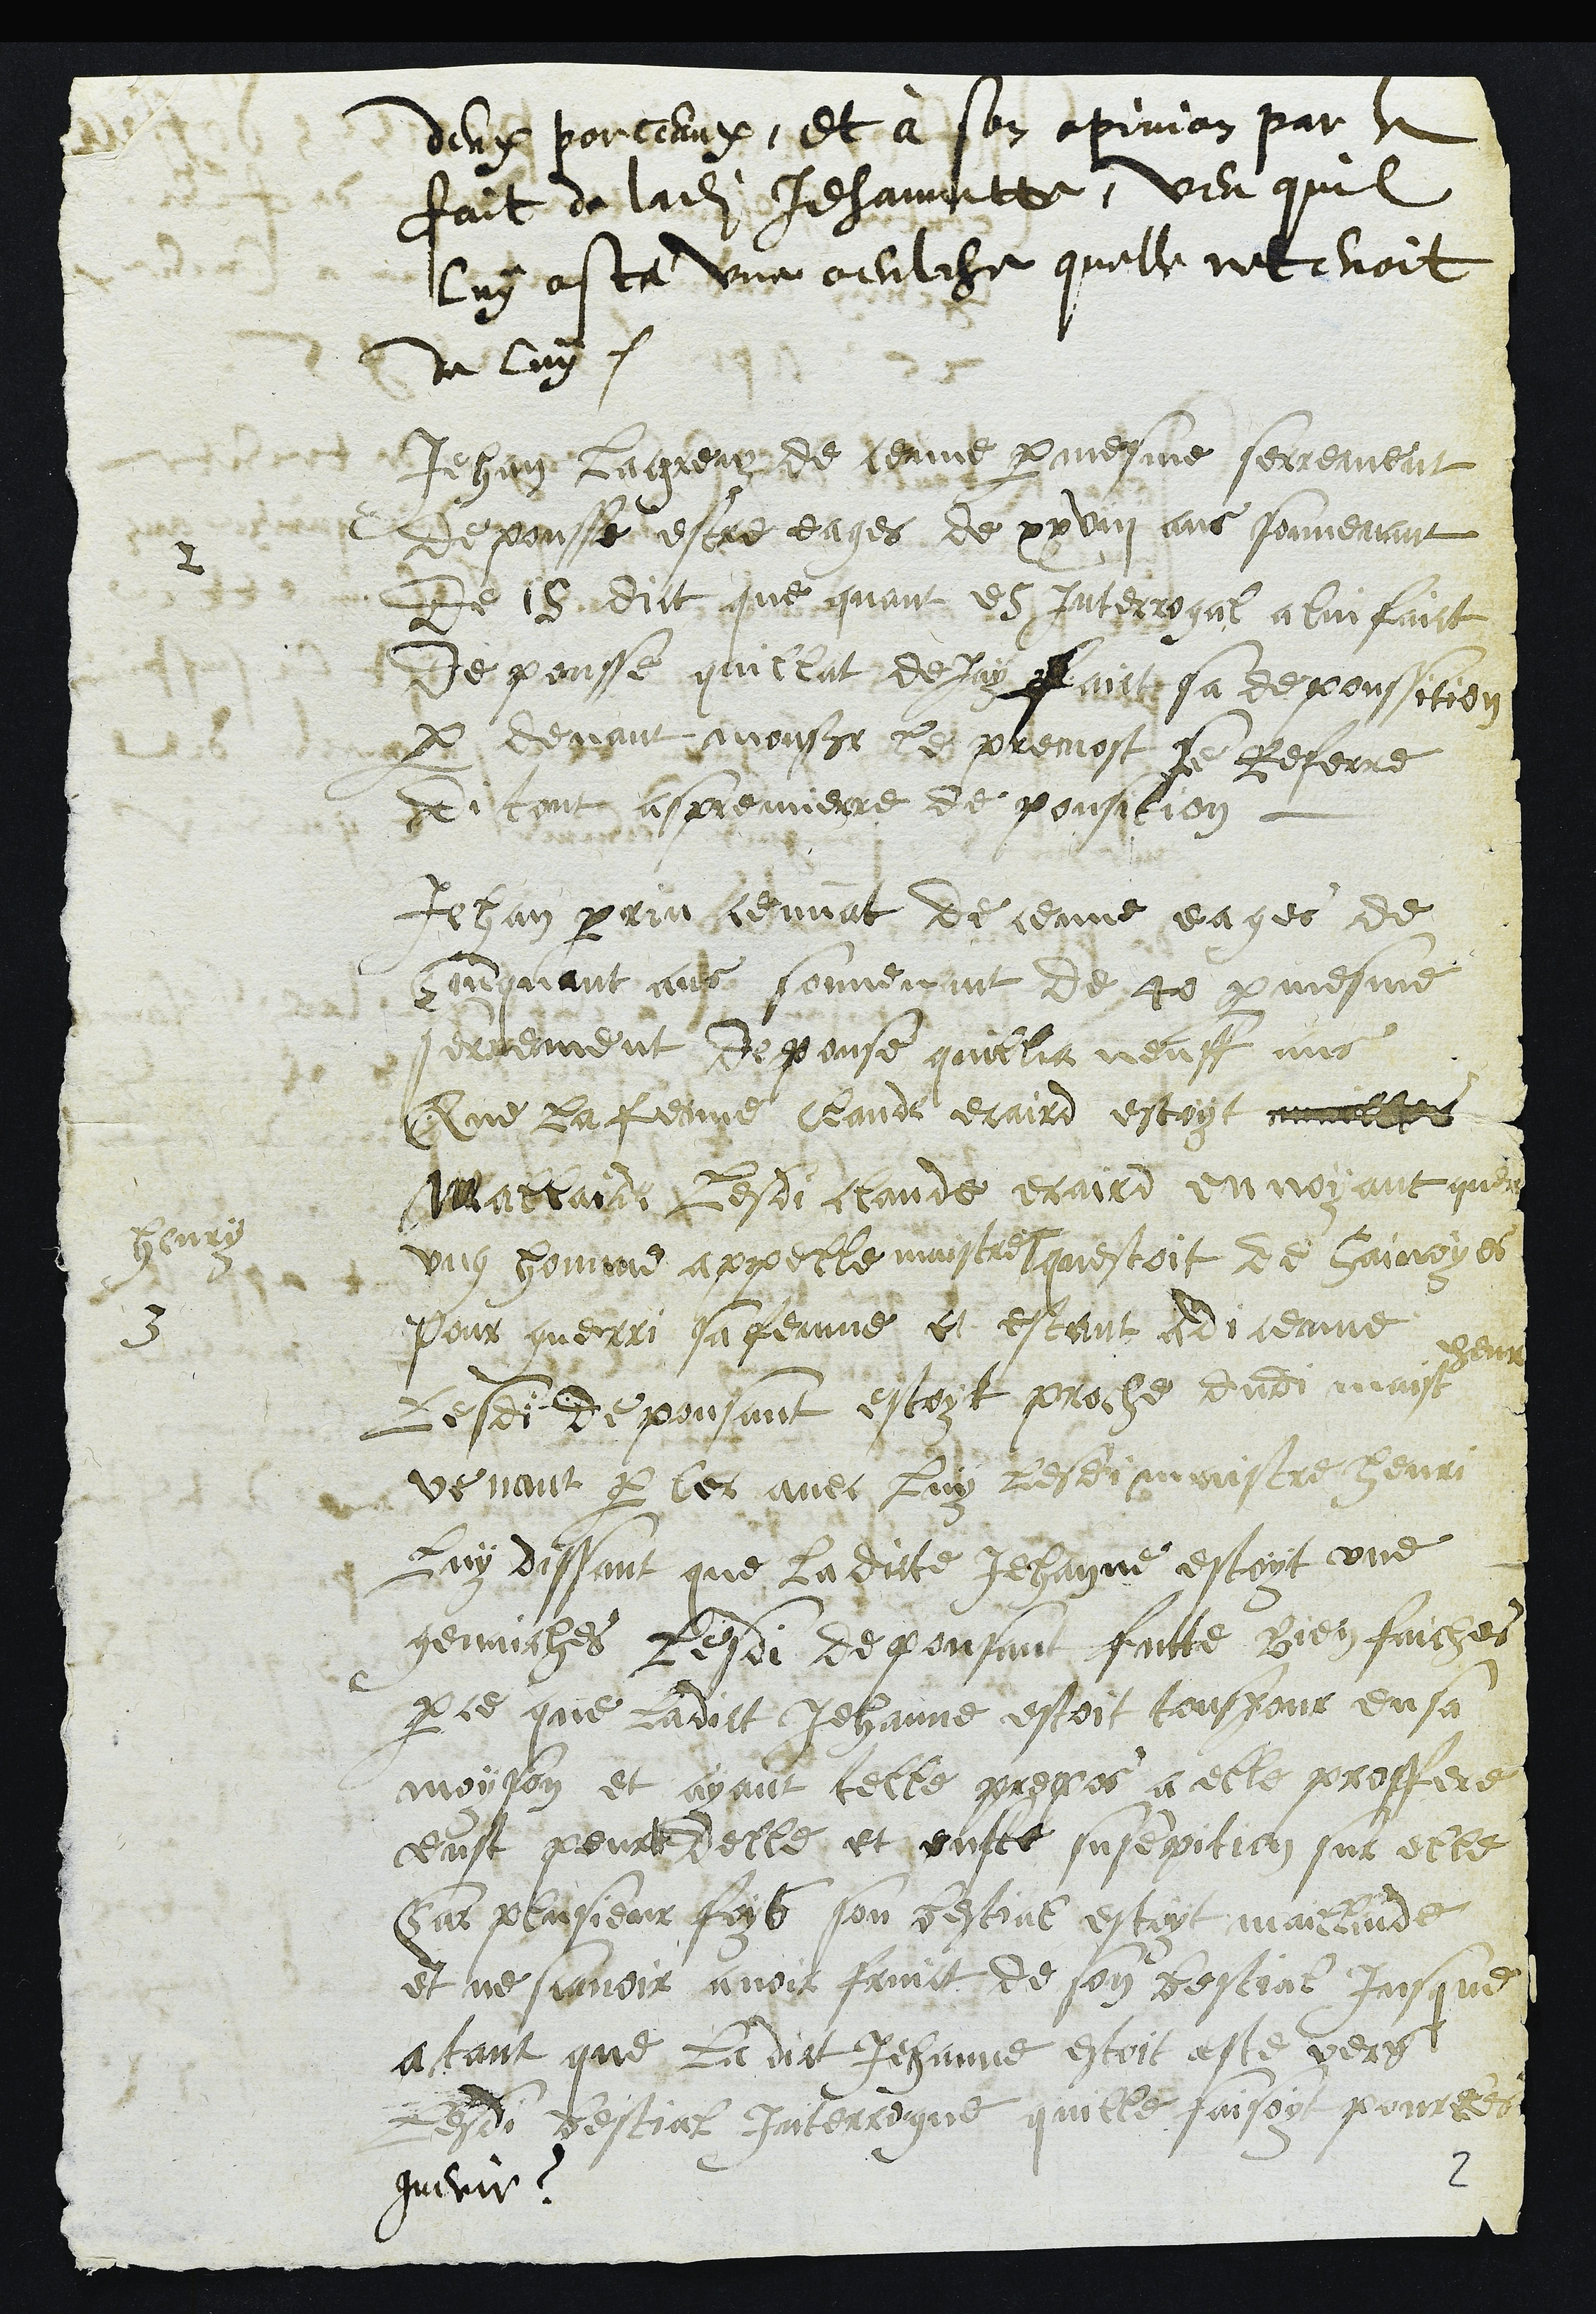
deux porceaux, et à son opinion par le
fait de ladite Jehannette, veu quil
luy osta une oeulche quelle retenoit
de luy
2
Jehan Laqreuz de ceuve par mesme serrement
depousse estre eages de xxviii ans souvenant
de 15 dict que quant es Interrogal a lui faict
Depousse quillat dejay faict sa depoussition
par devant monsieur le prevost se Referre
di tout aspremierre de pousition.
3
Jehan Perrin ceunat de ceuve eages de
cinquant ans souvenant de 40 par mesme
serrement depouse quillia neuff ans
Que la femme Claude eraird estoyt
Mallaide Lesdi claude eraird en voyant quer
ung homme appelle maistre #
Henry
questoit de Sainoyes
pour guerri sa femme et estant adi ceuve
Lesdi depousant estoyt proche dudit maist
henri
venant parler avec luy lesdi maistre henri
luy dissant que ladicte Jehanne estoyt une
genaiches lesdi depousant futte bien faiches
parce que ladict Jehanne estoit tousjour en sa
moyson et ayant telle propos a elle proffere
eust peur delle et euste susepition sur elle
Sur plusieur foys son bestial estoyt mallaide
et ne scavoir avoir fruict de son bestial Jusque
a tant que ladict Jehanne estoit este vers
lesdi bestial Interrogue quille faisoyt pour les
guerir ?
2